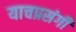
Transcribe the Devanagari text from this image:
याचप्रसंगी